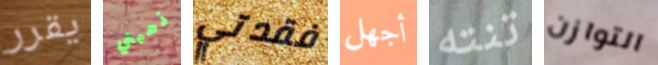
يقرر ذهبتي فقدتي أجهل تنته التوازن